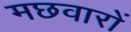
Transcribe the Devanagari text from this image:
मछवारों